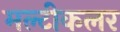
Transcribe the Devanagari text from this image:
मल्टीकलर